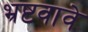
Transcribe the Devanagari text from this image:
भ्रष्टवावे